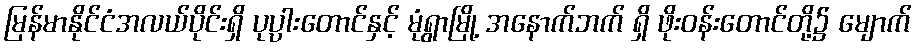
မြန်မာနိုင်ငံအလယ်ပိုင်းရှိ ပုပ္ပါးတောင်နှင့် မုံရွာမြို့ အနောက်ဘက် ရှိ ဖိုးဝန်းတောင်တို့၌ မျောက်